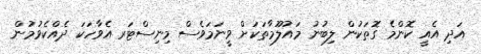
އަދި އެއީ ކޮންމެ ގޮތަކުން ލިބުނު މައުލޫމާތަކަށް ވީނަމަވެސް މިނިސްޓަރ އެވާހަކަ ދެއްކެވުމުން